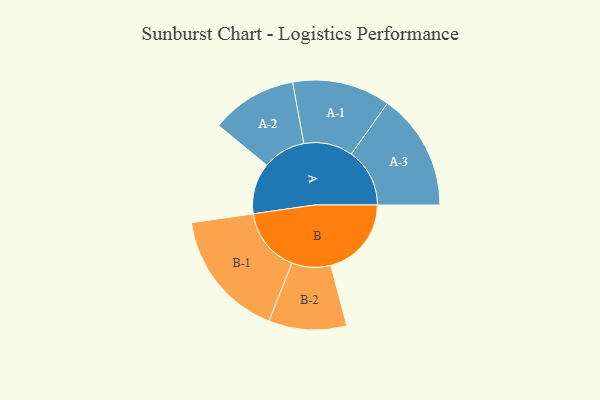
{"axis": {"x": "Segment", "y": "Value"}, "legend": ["", "A", "B"], "data": [{"x": "A", "y": 152, "type": ""}, {"x": "B", "y": 240, "type": ""}, {"x": "A-1", "y": 146, "type": "A"}, {"x": "A-2", "y": 128, "type": "A"}, {"x": "A-3", "y": 174, "type": "A"}, {"x": "B-1", "y": 192, "type": "B"}, {"x": "B-2", "y": 116, "type": "B"}]}